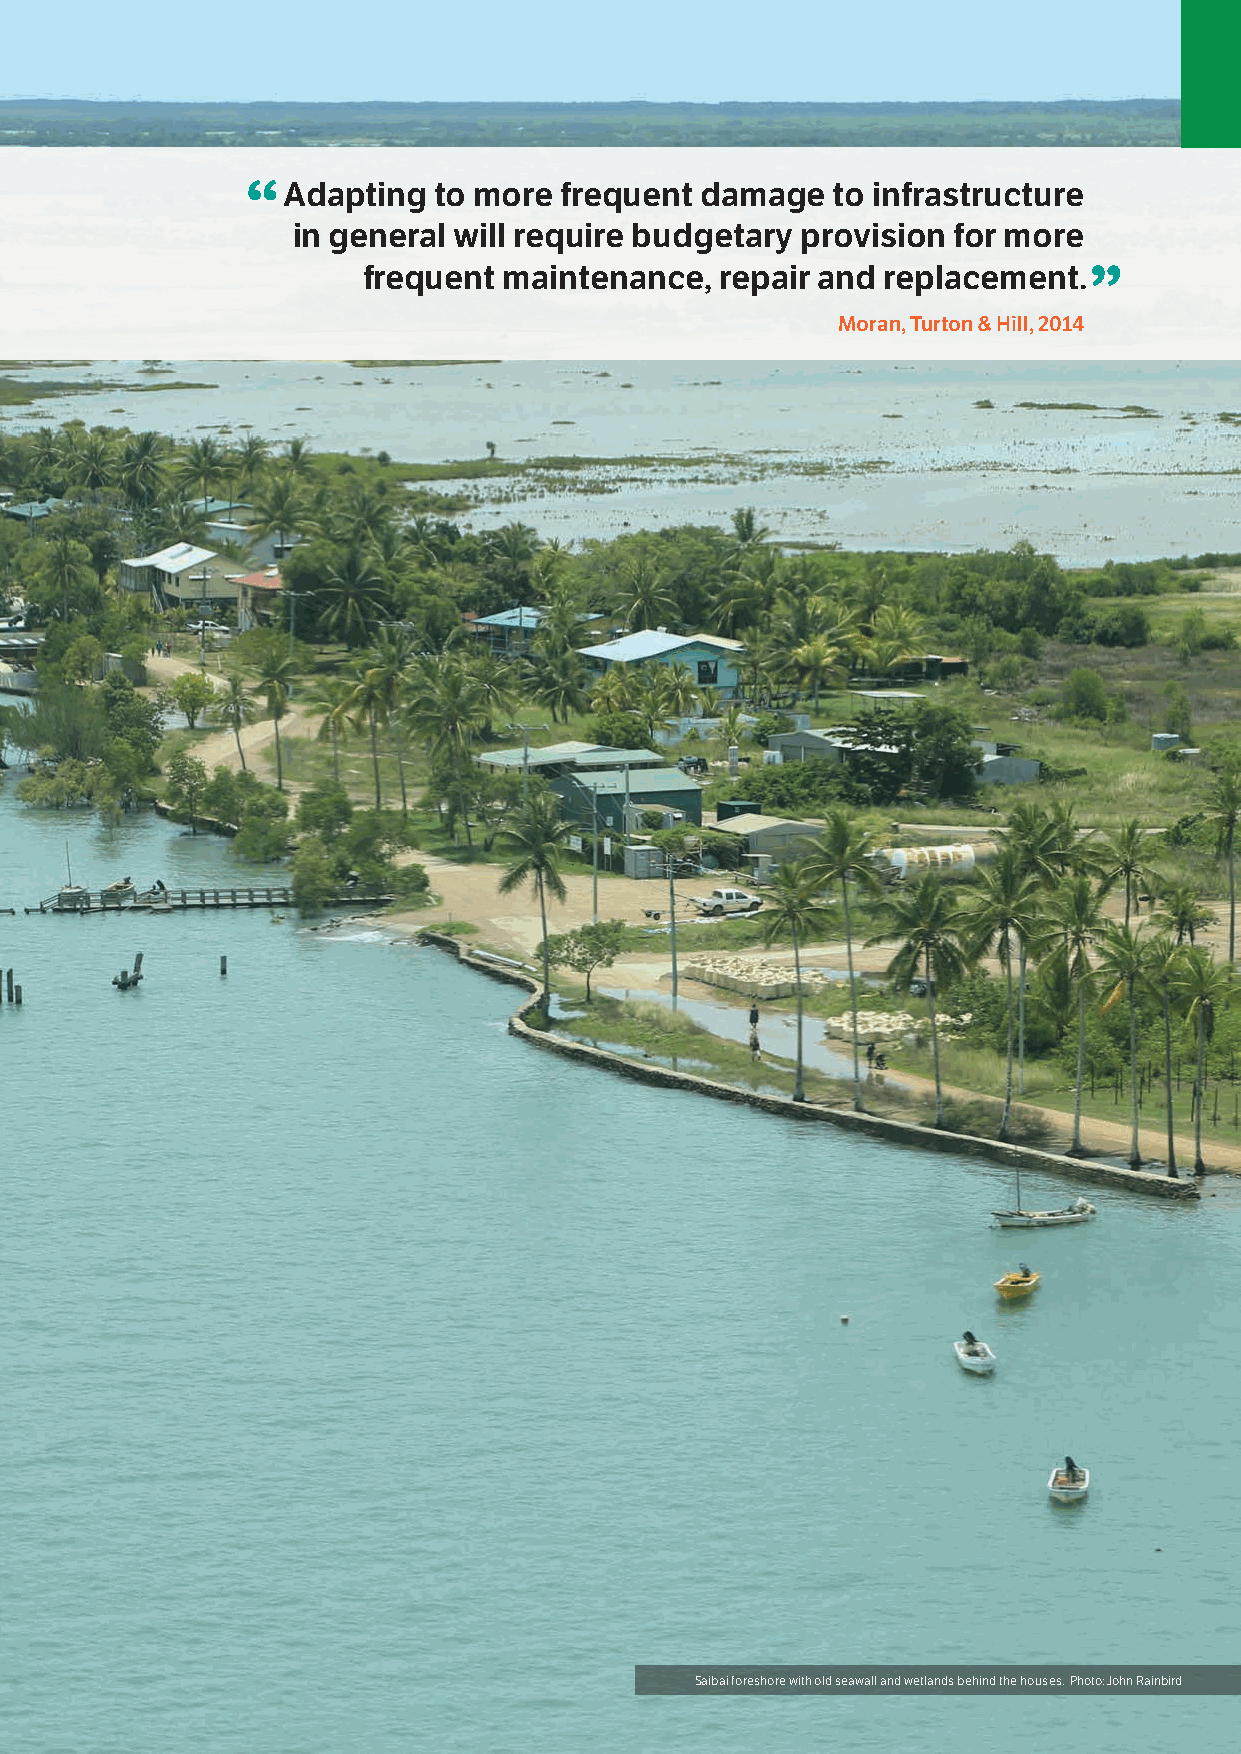
“Adapting    to more frequent damage   to infrastructure
 in general will require budgetary provision for more
 frequent maintenance,   repair and replacement.”
 Moran, Turton & Hill, 2014
 44 Torres Strait Regional Adaptation and Resilience Plan Torres Strait Regional Adaptation and Resilience Plan 45
 Saibai foreshore with old seawall and wetlands behind the houses. Photo: John Rainbird